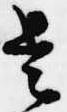
是